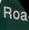
roa